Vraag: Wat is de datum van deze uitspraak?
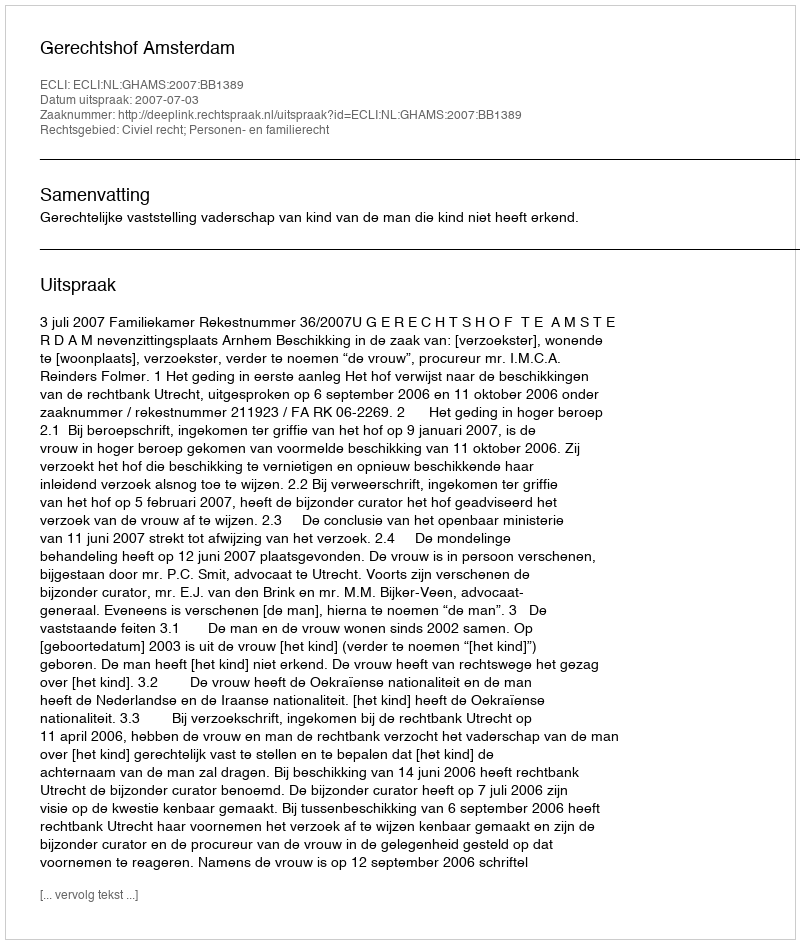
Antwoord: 2007-07-03